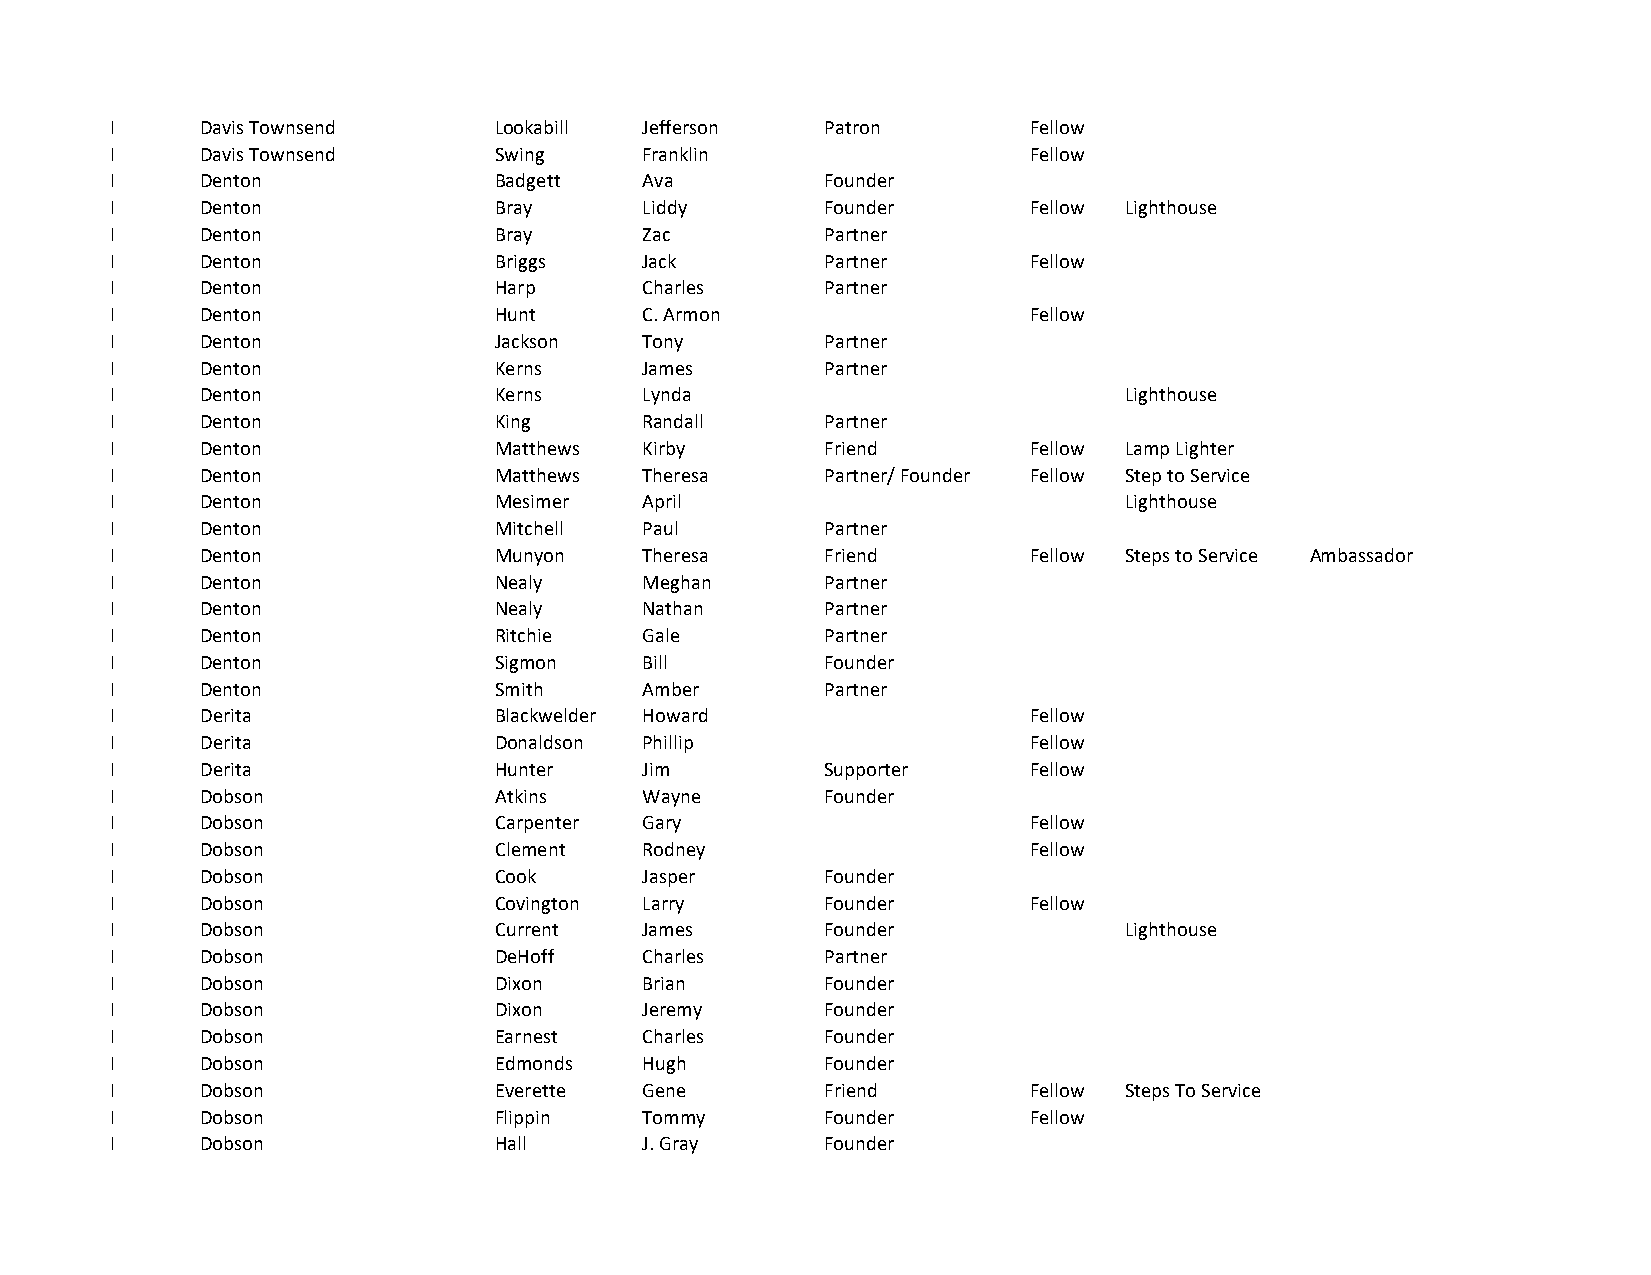
I     Davis Townsend      Lookabill Jefferson   Patron       Fellow
 I     Davis Townsend      Swing     Franklin                 Fellow
 I     Denton              Badgett   Ava         Founder
 I     Denton              Bray      Liddy       Founder      Fellow Lighthouse
 I     Denton              Bray      Zac         Partner
 I     Denton              Briggs    Jack        Partner      Fellow
 I     Denton              Harp      Charles     Partner
 I     Denton              Hunt      C. Armon                 Fellow
 I     Denton              Jackson   Tony        Partner
 I     Denton              Kerns     James       Partner
 I     Denton              Kerns     Lynda                          Lighthouse
 I     Denton              King      Randall     Partner
 I     Denton              Matthews  Kirby       Friend       Fellow Lamp Lighter
 I     Denton              Matthews  Theresa     Partner/ Founder Fellow Step to Service
 I     Denton              Mesimer   April                          Lighthouse
 I     Denton              Mitchell  Paul        Partner
 I     Denton              Munyon    Theresa     Friend       Fellow Steps to Service Ambassador
 I     Denton              Nealy     Meghan      Partner
 I     Denton              Nealy     Nathan      Partner
 I     Denton              Ritchie   Gale        Partner
 I     Denton              Sigmon    Bill        Founder
 I     Denton              Smith     Amber       Partner
 I     Derita              Blackwelder Howard                 Fellow
 I     Derita              Donaldson Phillip                  Fellow
 I     Derita              Hunter    Jim         Supporter    Fellow
 I     Dobson              Atkins    Wayne       Founder
 I     Dobson              Carpenter Gary                     Fellow
 I     Dobson              Clement   Rodney                   Fellow
 I     Dobson              Cook      Jasper      Founder
 I     Dobson              Covington Larry       Founder      Fellow
 I     Dobson              Current   James       Founder            Lighthouse
 I     Dobson              DeHoff    Charles     Partner
 I     Dobson              Dixon     Brian       Founder
 I     Dobson              Dixon     Jeremy      Founder
 I     Dobson              Earnest   Charles     Founder
 I     Dobson              Edmonds   Hugh        Founder
 I     Dobson              Everette  Gene        Friend       Fellow Steps To Service
 I     Dobson              Flippin   Tommy       Founder      Fellow
 I     Dobson              Hall      J. Gray     Founder